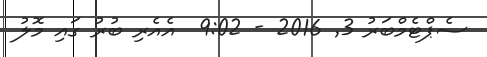
ސެޕްޓެމްބަރު 3